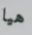
هيا